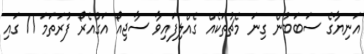
އަނިޔާގެ ސަބަބުން ގިނަ މެޗުތަކެއް ގެއްލިފައިވާ ސާޖިއޯ އަގުއެރޯ ފުރަތަމަ 11 ގައި